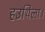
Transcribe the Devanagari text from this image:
हउथिला।